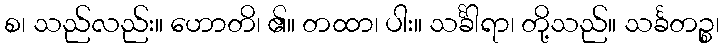
စ၊ သည်လည်း။ ဟောတိ၊ ၏။ တထာ၊ ပါး။ သင်္ခါရာ၊ တို့သည်။ သင်္ခတဉ္စ၊